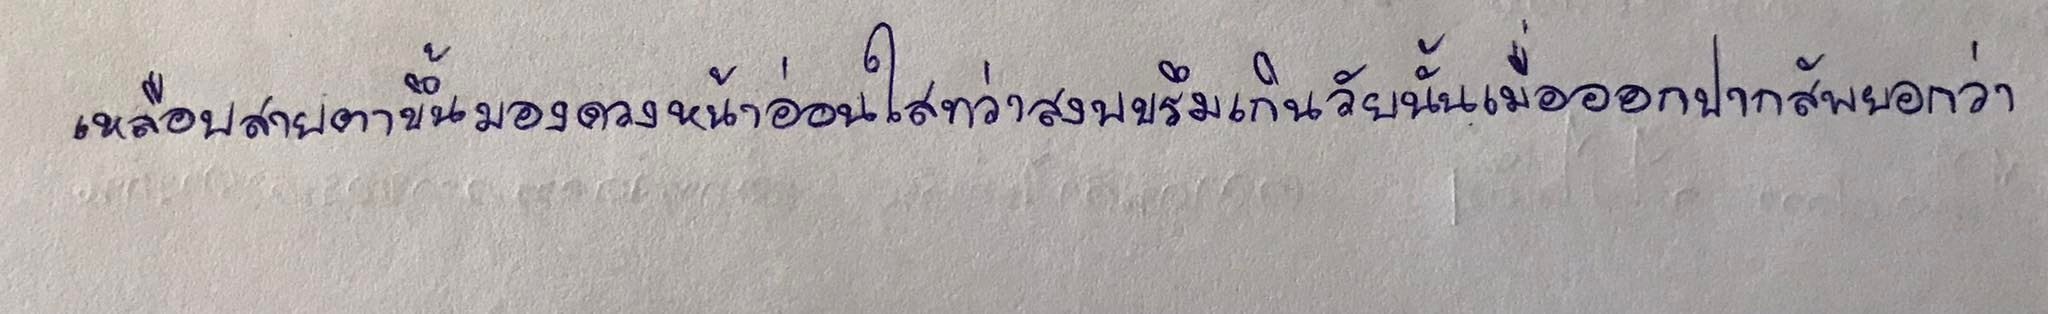
เหลือบสายตาขึ้นมองดวงหน้าอ่อนใสทว่าสงบขรึมเกินวัยนั้นเมื่อออกปากสัพยอกว่า